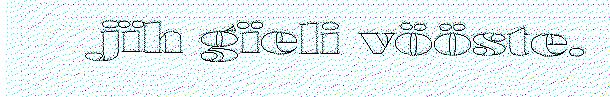
jïh gïeli vööste.